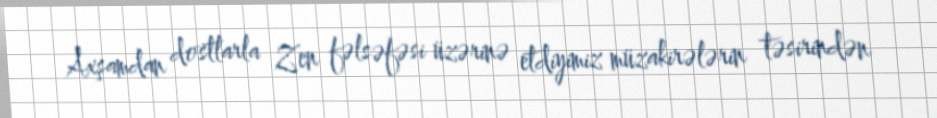
Axşamdan dostlarla Zen fəlsəfəsi üzərinə etdiyimiz müzakirələrin təsirindən